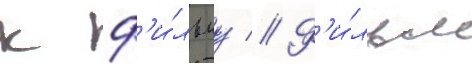
к ф'и́льму // Ф'и́льм